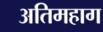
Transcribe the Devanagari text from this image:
अतिमहाग